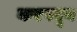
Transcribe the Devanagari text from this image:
करपवून